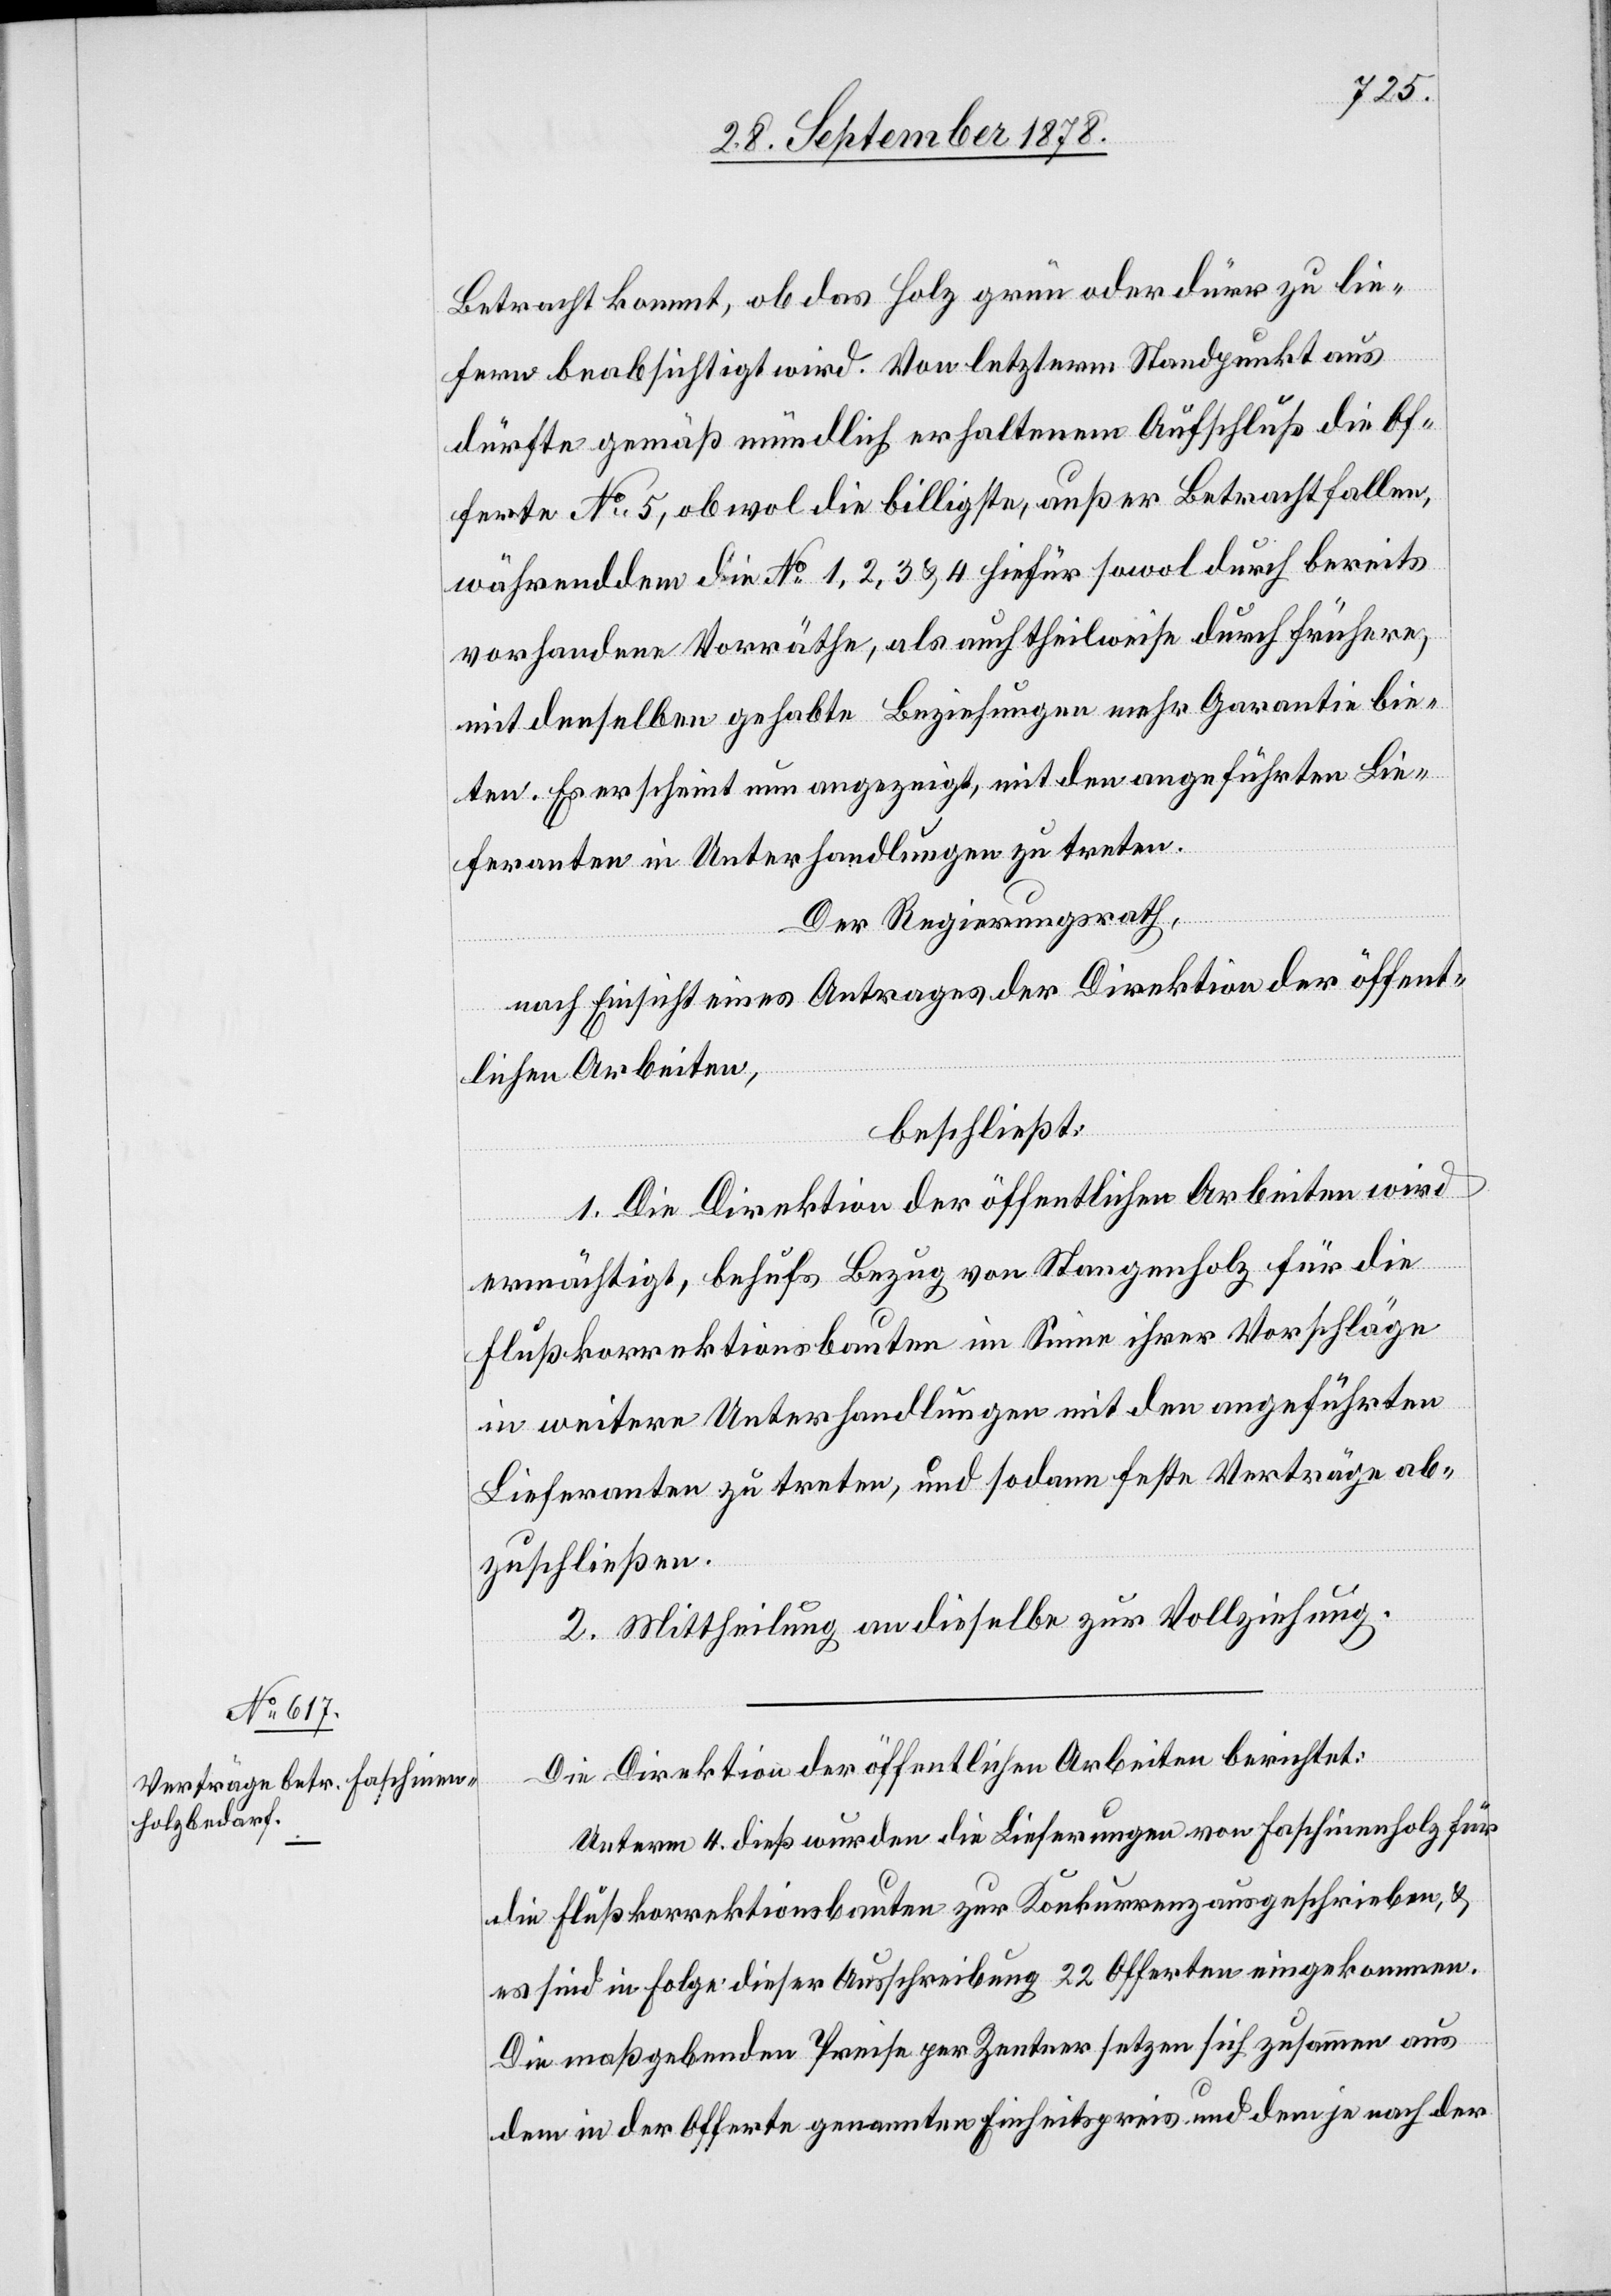
Betracht kommt, ob das Holz grün oder dürr zu lie¬
fern beabsichtigt wird. Von letzterm Standpunkt aus
dürfte gemäß mündlich erhaltenem Aufschluß die Of¬
ferte No 5, obwohl die billigste, außer Betracht fallen,
währenddem die No 1, 2, 3 & 4 hiefür sowol durch bereits
vorhandene Vorräthe, als auch theilweise durch frühere,
mit denselben gehabte Beziehungen mehr Garantie bie¬
ten. Es erscheint nun angezeigt, mit den angeführten Lie¬
feranten in Unterhandlungen zu treten.
Der Regierungsrath,
nach Einsicht eines Antrages der Direktion der öffent¬
lichen Arbeiten,
beschließt:
1. Die Direktion der öffentlichen Arbeiten wird
ermächtigt, behufs Bezug von Stangenholz für die
Flußkorrektionsbauten im Sinne ihrer Vorschläge
in weitere Unterhandlungen mit den angeführten
Lieferanten zu treten, und sodann feste Verträge ab¬
zuschließen.
2. Mittheilung an dieselbe zur Vollziehung.
Die Direktion der öffentlichen Arbeiten berichtet:
Unterm 4. dieß wurden die Lieferungen von Faschinenholz für
die Flußkorrektionsbauten zur Konkurrenz ausgeschrieben, &
es sind in Folge dieser Ausschreibung 22 Offerten eingekommen.
Die maßgebenden Preise per Zentner setzen sich zusammen aus
dem in der Offerte genannten Einheitspreis und dem je nach der